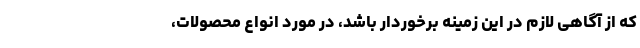
که از آگاهی لازم در این زمینه برخوردار باشد، در مورد انواع محصولات،